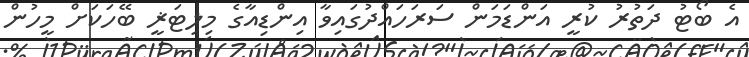
އެ ބޯޓު ދަތުރު ކުރީ އަންޑަމަން ސަރަހައްދުގައިވާ އިންޑިއާގެ މިލިޓަޜީ ބޭހަކަށް މީހުން